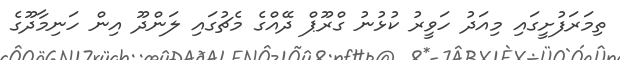
ތިމަރަފުށީގައި މިއަދު ހަވީރު ކުޅުނު ގްރޫޕް ދޭއްގެ މެޗުގައި ލަންދޫ އިން ހަނިމާދޫގެ